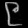
Digit: ၉